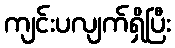
ကျင်းပလျက်ရှိပြီး